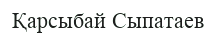
Қарсыбай Сыпатаев